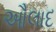
ઔલાદ